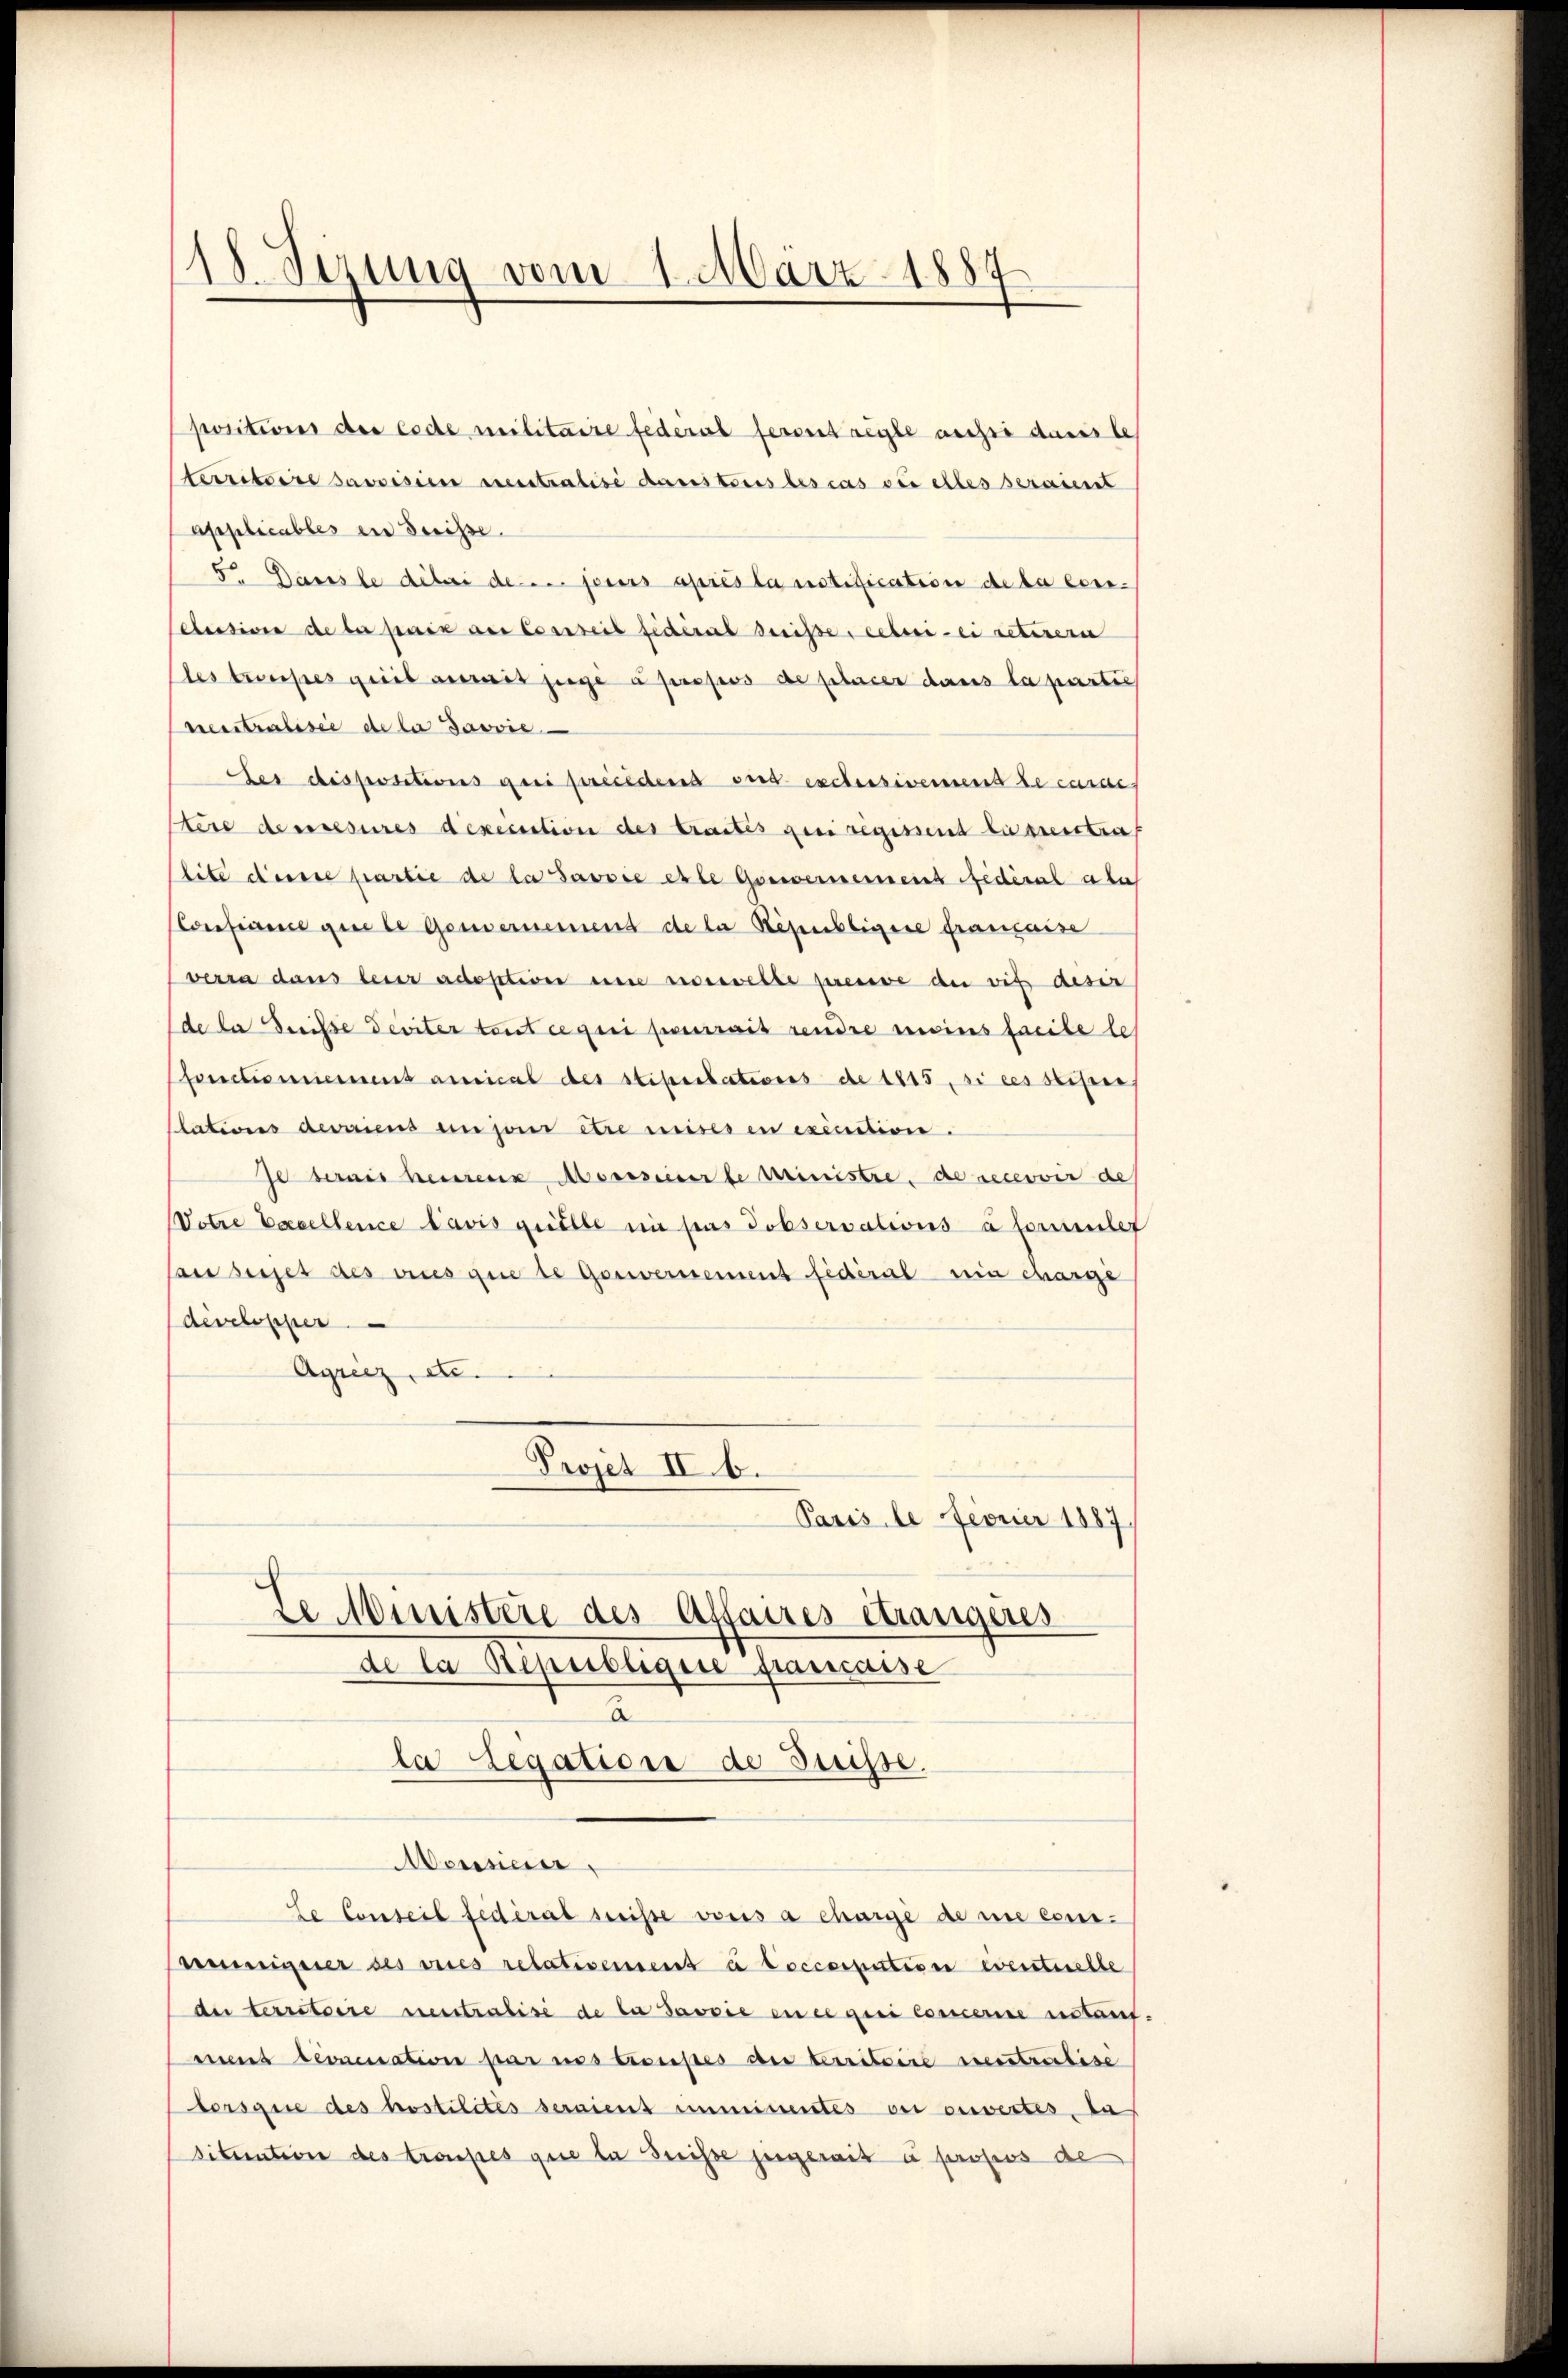
18 Sezung vom 1. März 1887

positions der Code militaire federat feront regle aussi darste
territoire savoisien reintralisé danstoris les cas sei alles seraient
applicables in Suisse.
5. Darste debei de pours après la notification de la con-
clusive de bei paix des Conseit fidéral deise, ceteri ei retirern
les trousses gerit anweis juge à propos de placer dans la partic
neutralisie de la Javvie
Sei dispositions qui precedend vnd excessivement de carde
tere de mesures dexecution des traites geri regissent le presstra
lite desste partie de la Savoie este Gouvernereint fidéral aber
Consinne guete Genernennend de la Répuchligere française
verra dans leur adoption eine reveswelte presse an vis deser
de la reise deviter tout ce qui pourrait rendre moins facile le
Forclamiement ansical des stipulations de 1815, si ces stifer
Clations deveriens en jour être mises en executione.
Je bernis heurenz Messeiner le ministre, de recevoir de
Votre Basellence Cavis quelle ni pas Jobservations à formler
Consesset des vices que le Gouversement fidéral ein charge
developper
Agrenz, de
Projet II. b.
Paris le ferner 1887,
Le Ministere des Affaires étrangeres
de la Republigire prasscaise
a
la Legation de Suisse.
Aoresiaer
le Conseil fédéral suise vons à charge de nie eineeigner des vices relativement à toccsspition eventuelle
der territoire neutralisé de la Javvie en ee geei Concerne instauf
mit devacuation par nos troupes der territoire neutralise
borsgie des trostilités seraient ummissentes der verwestes, da
Situation des troupes gute la Buisse jugerait à propos de